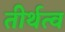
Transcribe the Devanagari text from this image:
तीर्थत्व